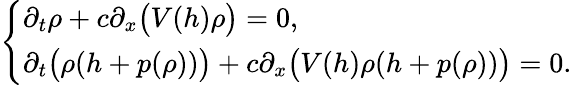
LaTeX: \left\{ \begin{array}{ll}{\partial_{t}\rho+c\partial_{x}\bigl(V(h)\rho\bigr)=0,}\\ {\partial_{t}\bigl(\rho(h+p(\rho))\bigr)+c\partial_{x}\bigl(V(h)\rho(h+p(\rho))\bigr)=0.}\end{array}\right.